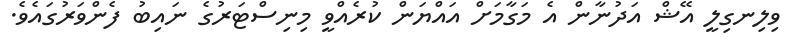
ވިލިނގިލީ އޭޝް އަދުނާން އެ މަގާމަށް އައްޔަން ކުރެއްވީ މިނިސްޓަރުގެ ނައިބު ފެންވަރުގައެވެ.